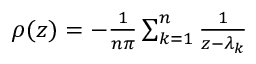
\begin{array} { r } { \rho ( z ) = - { \frac { 1 } { n \pi } } \sum _ { k = 1 } ^ { n } { \frac { 1 } { z - \lambda _ { k } } } } \end{array}